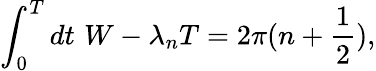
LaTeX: \int_{0}^{T}dt\, \, W-\lambda_{n}T=2\pi(n+\frac{1}{2}),